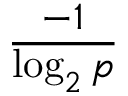
\frac { - 1 } { \log _ { 2 } p }